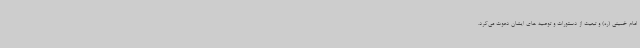
امام خمینی (ره) و تبعیت از دستورات و توصیه های ایشان دعوت می‌کرد.